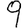
Digit: 9